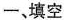
一、填空